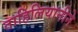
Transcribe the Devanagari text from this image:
ताहिलियानीने